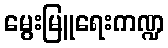
မွေးမြူရေးကဏ္ဍ